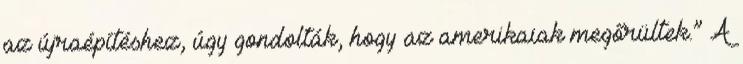
az újraépítéshez, úgy gondolták, hogy az amerikaiak megőrültek.” A